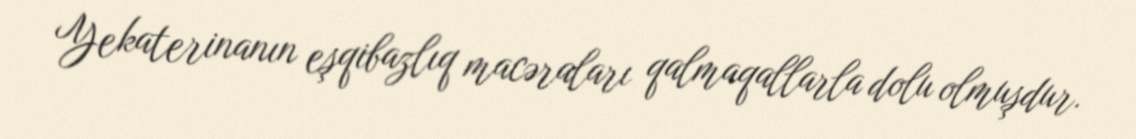
Yekaterinanın eşqibazlıq macəraları qalmaqallarla dolu olmuşdur.